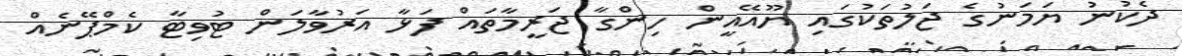
ދެކުނު ޔަމަނުގެ ޖަލުތަކުގައި ޔޫއޭއީން ހިންގާ ޖަރީމާތައް ފަޅާ އަރުވާލަން ޓުވިޓާ ކެމްޕޭނެއް